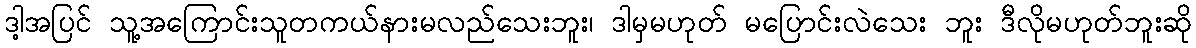
ဒါ့အပြင် သူ့အကြောင်းသူတကယ်နားမလည်သေးဘူး၊ ဒါမှမဟုတ် မပြောင်းလဲသေး ဘူး ဒီလိုမဟုတ်ဘူးဆို